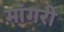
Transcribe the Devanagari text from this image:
मांगरी